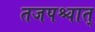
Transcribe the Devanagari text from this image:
तजपश्चात्